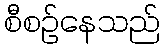
စီစဉ်နေသည်